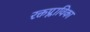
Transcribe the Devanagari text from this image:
रक्तप्लाविका